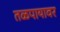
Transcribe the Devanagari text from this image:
तळपायावर